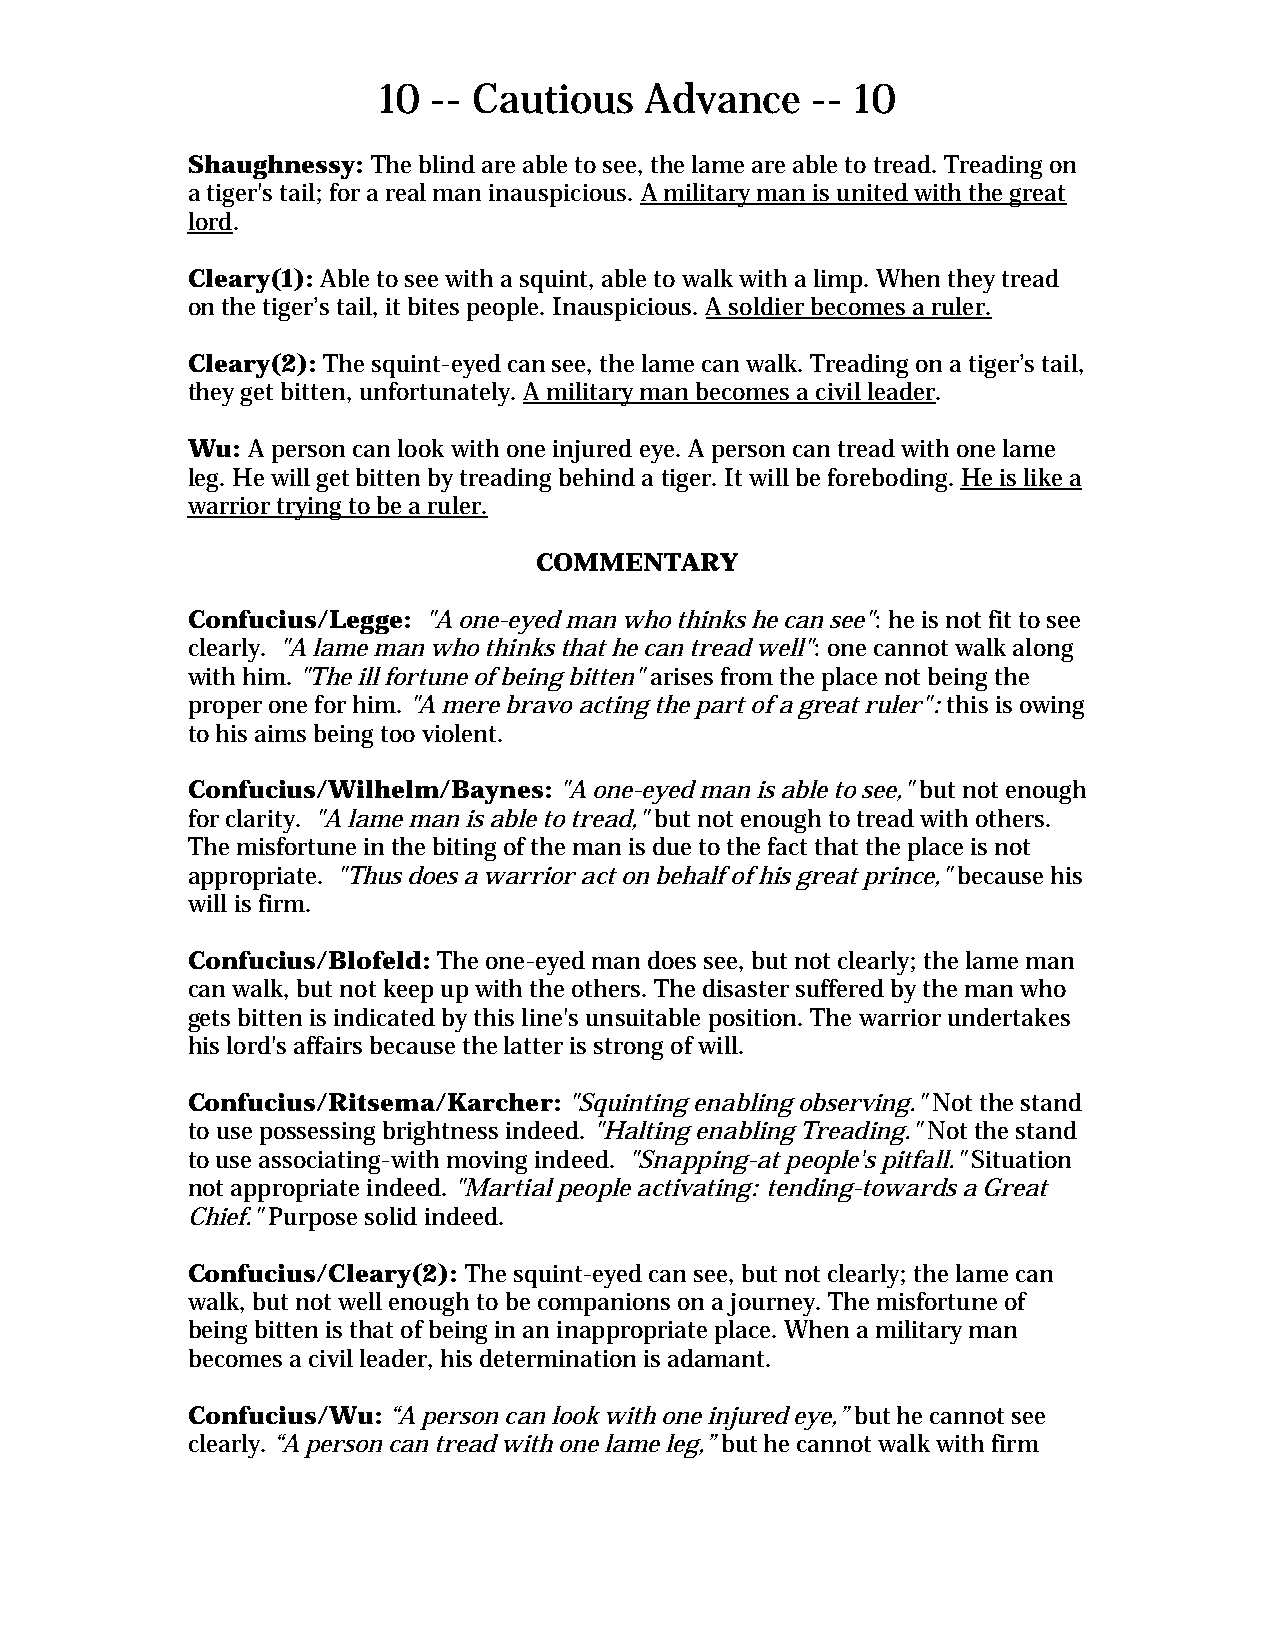
10  -- Cautious   Advance    -- 10
 Shaughnessy: The blind are able to see, the lame are able to tread. Treading on
 a tiger's tail; for a real man inauspicious. A military man is united with the great
 lord.
 Cleary(1): Able to see with a squint, able to walk with a limp. When they tread
 on the tiger’s tail, it bites people. Inauspicious. A soldier becomes a ruler.
 Cleary(2): The squint-eyed can see, the lame can walk. Treading on a tiger’s tail,
 they get bitten, unfortunately. A military man becomes a civil leader.
 Wu: A person can look with one injured eye. A person can tread with one lame
 leg. He will get bitten by treading behind a tiger. It will be foreboding. He is like a
 warrior trying to be a ruler.
 COMMENTARY
 Confucius/Legge: "A one-eyed man who thinks he can see": he is not fit to see
 clearly. "A lame man who thinks that he can tread well": one cannot walk along
 with him. "The ill fortune of being bitten" arises from the place not being the
 proper one for him. "A mere bravo acting the part of a great ruler": this is owing
 to his aims being too violent.
 Confucius/Wilhelm/Baynes: "A one-eyed man is able to see," but not enough
 for clarity. "A lame man is able to tread," but not enough to tread with others.
 The misfortune in the biting of the man is due to the fact that the place is not
 appropriate. "Thus does a warrior act on behalf of his great prince," because his
 will is firm.
 Confucius/Blofeld: The one-eyed man does see, but not clearly; the lame man
 can walk, but not keep up with the others. The disaster suffered by the man who
 gets bitten is indicated by this line's unsuitable position. The warrior undertakes
 his lord's affairs because the latter is strong of will.
 Confucius/Ritsema/Karcher: "Squinting enabling observing." Not the stand
 to use possessing brightness indeed. "Halting enabling Treading." Not the stand
 to use associating-with moving indeed. "Snapping-at people's pitfall." Situation
 not appropriate indeed. "Martial people activating: tending-towards a Great
 Chief." Purpose solid indeed.
 Confucius/Cleary(2): The squint-eyed can see, but not clearly; the lame can
 walk, but not well enough to be companions on a journey. The misfortune of
 being bitten is that of being in an inappropriate place. When a military man
 becomes a civil leader, his determination is adamant.
 Confucius/Wu: “A person can look with one injured eye,” but he cannot see
 clearly. “A person can tread with one lame leg,” but he cannot walk with firm